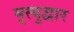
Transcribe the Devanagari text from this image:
मृत्युद्वार